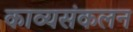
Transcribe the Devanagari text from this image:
काव्यसंकलन